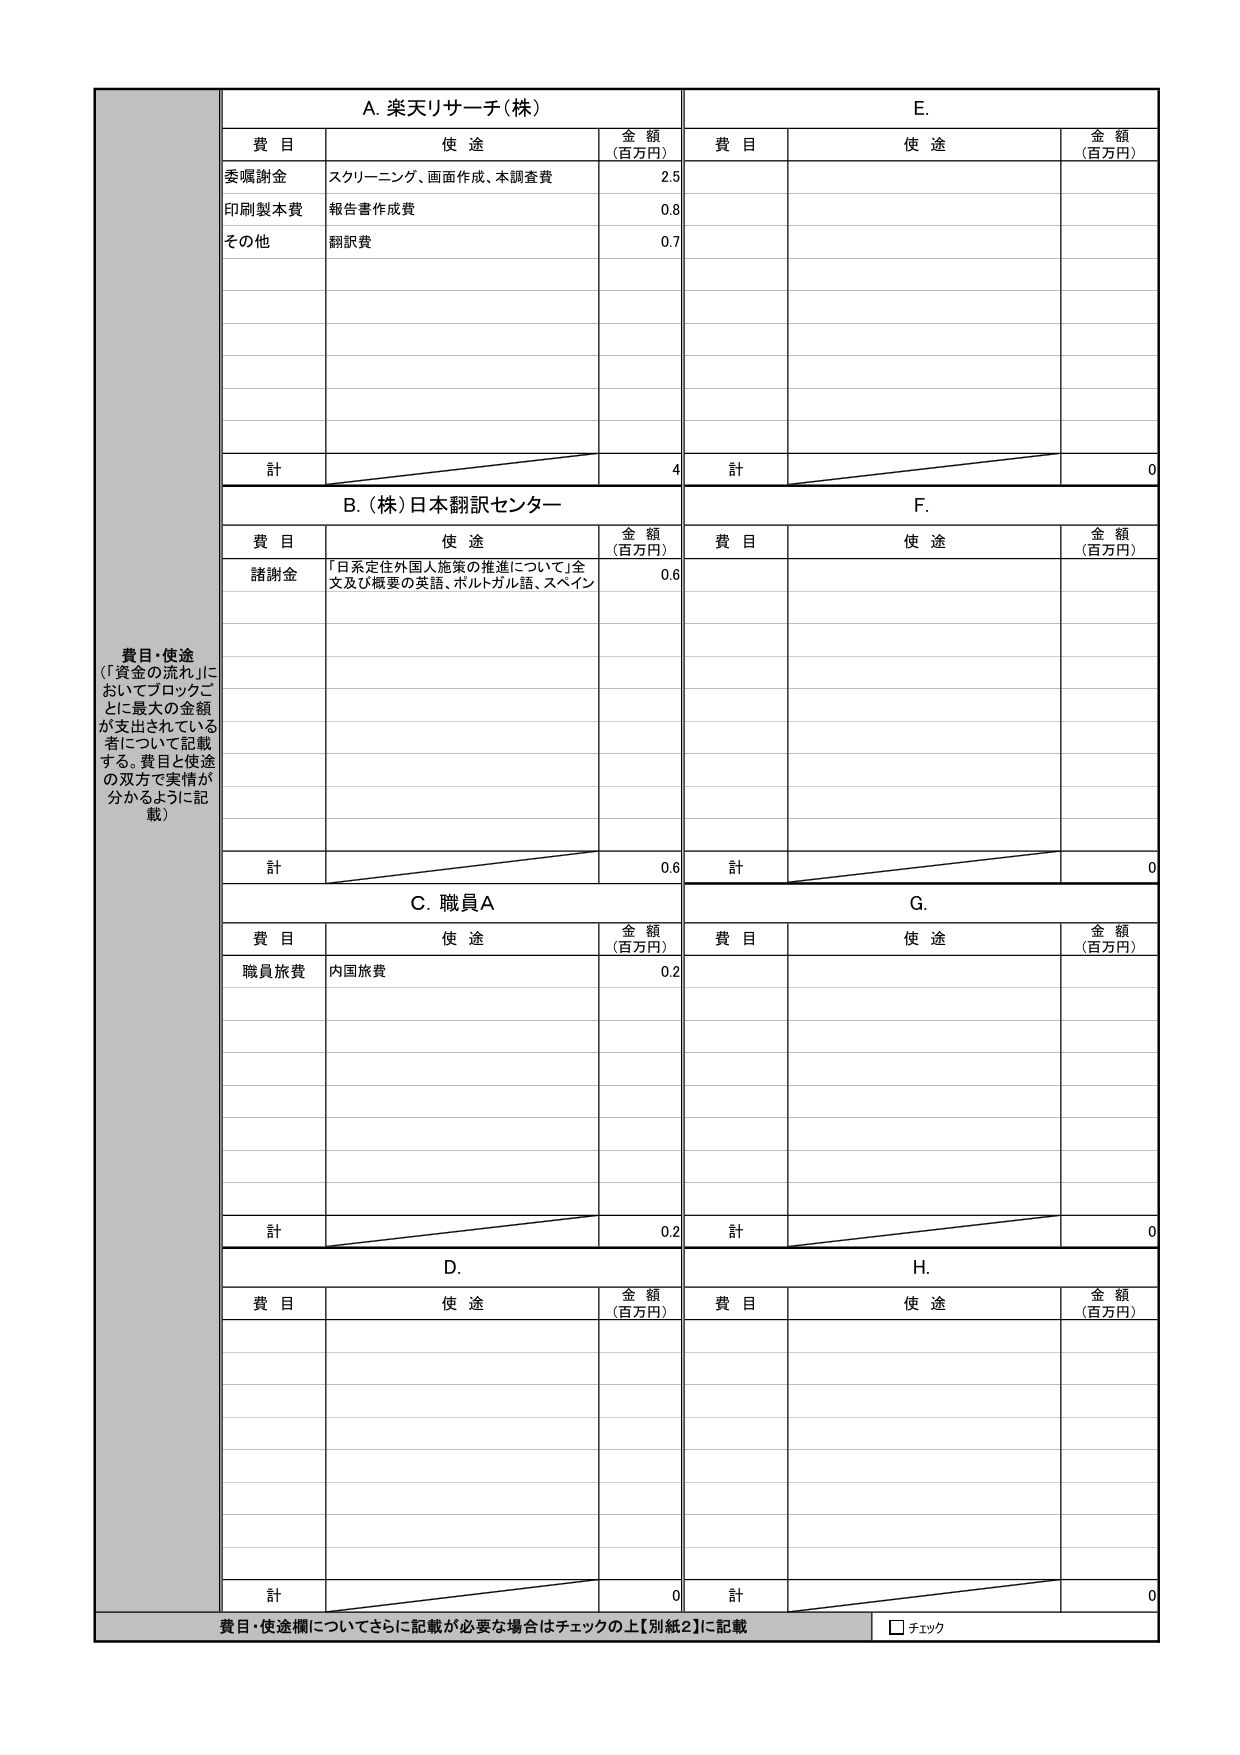
費目・使途
（「資金の流れ」においてブロックごとに最大の金額が支出されている者について記載する。費目と使途の双方で実情が分かるように記載）

A. 楽天リサーチ（株）
費目　　　　　　使途　　　　　　　　　　　　　　金額（百万円）
委嘱謝金　　　　スクリーニング、画面作成、本調査費　　　　2.5
印刷製本費　　　報告書作成費　　　　　　　　　　　　　　0.8
その他　　　　　翻訳費　　　　　　　　　　　　　　　　　0.7
計　　　　　　　　　　　　　　　　　　　　　　　　　　4

B. （株）日本翻訳センター
費目　　　　　　使途　　　　　　　　　　　　　　金額（百万円）
謝謝金　　　　「日系定住外国人施策の推進について」全文及び概要の英語、ポルトガル語、スペイン語　　　0.6
計　　　　　　　　　　　　　　　　　　　　　　　　　　0.6

C. 職員A
費目　　　　　　使途　　　　　　　　　　　　　　金額（百万円）
職員旅費　　　　国内旅費　　　　　　　　　　　　　　　　0.2
計　　　　　　　　　　　　　　　　　　　　　　　　　　0.2

D.
費目　　　　　　使途　　　　　　　　　　　　　　金額（百万円）
計　　　　　　　　　　　　　　　　　　　　　　　　　　0

E.
費目　　　　　　使途　　　　　　　　　　　　　　金額（百万円）
計　　　　　　　　　　　　　　　　　　　　　　　　　　0

F.
費目　　　　　　使途　　　　　　　　　　　　　　金額（百万円）
計　　　　　　　　　　　　　　　　　　　　　　　　　　0

G.
費目　　　　　　使途　　　　　　　　　　　　　　金額（百万円）
計　　　　　　　　　　　　　　　　　　　　　　　　　　0

H.
費目　　　　　　使途　　　　　　　　　　　　　　金額（百万円）
計　　　　　　　　　　　　　　　　　　　　　　　　　　0

費目・使途欄についてさらに記載が必要な場合はチェックの上【別紙2】に記載
□ チェック